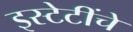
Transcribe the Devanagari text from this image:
इस्टेटींचें